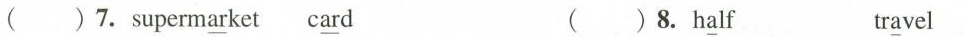
( )7.superm\underline{ar}ket c\underline{ar}d ( ) 8. h\underline{a}lf tr\underline{a}vel